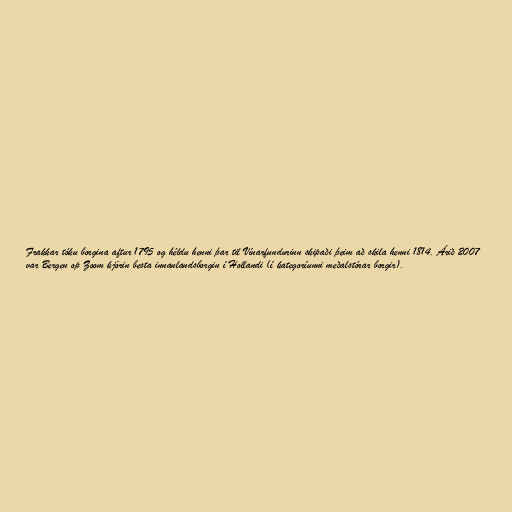
Frakkar tóku borgina aftur 1795 og héldu henni þar til Vínarfundurinn skipaði þeim að skila henni 1814. Árið 2007
var Bergen op Zoom kjörin besta innanlandsborgin í Hollandi (í kategoríunni meðalstórar borgir).